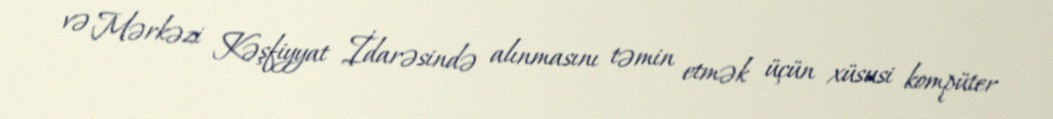
və Mərkəzi Kəşfiyyat İdarəsində alınmasını təmin etmək üçün xüsusi kompüter